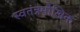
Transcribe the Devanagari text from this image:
स्वतंत्रमौखिक